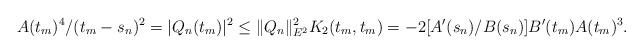
LaTeX: \begin{align*} A(t_m)^4/(t_m-s_n)^2 =|Q_n(t_m)|^2\leq \|Q_n\|^2_{E^2}K_2(t_m,t_m) = -2[A'(s_n)/B(s_n)]B'(t_m)A(t_m)^3.\end{align*}